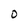
Character: 0